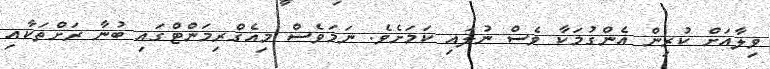
ވިލާއަށް ކުރިން އެންގުމަކާ ވެސް ނުލައި ކަމަށެވެ. ނަމަވެސް މިއެގްރިމަންޓްގައި ބުނާ ރަށްތަކާއި